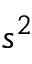
s ^ { 2 }